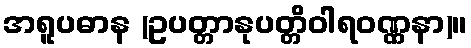
အရူပဓာန (ဥပတ္တာနုပတ္တိဝါရဝဏ္ဏနာ)။